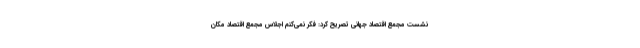
نشست مجمع اقتصاد جهانی تصریح کرد: فکر نمی‌کنم اجلاس مجمع اقتصاد مکان